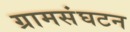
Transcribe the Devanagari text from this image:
ग्रामसंघटन